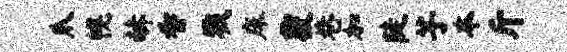
爪幌赫香戮床覆巷加陡芋本斤